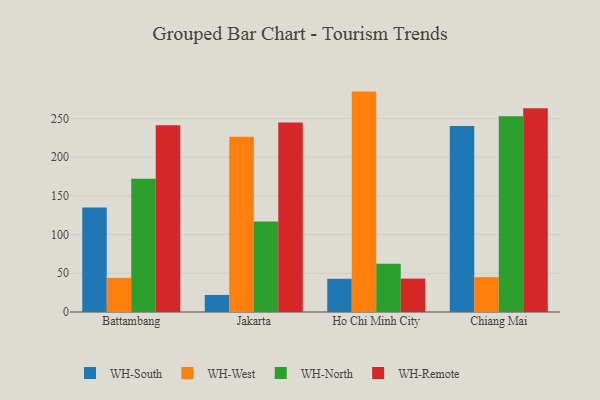
{"axis": {"x": "City", "y": "Headcount"}, "legend": ["WH-North", "WH-Remote", "WH-South", "WH-West"], "data": [{"x": "Battambang", "y": 135.0, "type": "WH-South"}, {"x": "Battambang", "y": 44.1, "type": "WH-West"}, {"x": "Battambang", "y": 172.0, "type": "WH-North"}, {"x": "Battambang", "y": 241.1, "type": "WH-Remote"}, {"x": "Jakarta", "y": 22.0, "type": "WH-South"}, {"x": "Jakarta", "y": 226.3, "type": "WH-West"}, {"x": "Jakarta", "y": 117.0, "type": "WH-North"}, {"x": "Jakarta", "y": 244.8, "type": "WH-Remote"}, {"x": "Ho Chi Minh City", "y": 42.9, "type": "WH-South"}, {"x": "Ho Chi Minh City", "y": 284.6, "type": "WH-West"}, {"x": "Ho Chi Minh City", "y": 62.4, "type": "WH-North"}, {"x": "Ho Chi Minh City", "y": 43.2, "type": "WH-Remote"}, {"x": "Chiang Mai", "y": 240.1, "type": "WH-South"}, {"x": "Chiang Mai", "y": 45.0, "type": "WH-West"}, {"x": "Chiang Mai", "y": 252.7, "type": "WH-North"}, {"x": "Chiang Mai", "y": 263.1, "type": "WH-Remote"}]}